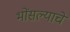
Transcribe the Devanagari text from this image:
भोंसल्याचें